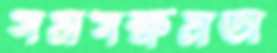
সমসক্ষমতা